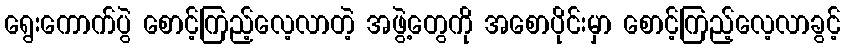
ရွေးကောက်ပွဲ စောင့်ကြည့်လေ့လာတဲ့ အဖွဲ့တွေကို အစောပိုင်းမှာ စောင့်ကြည့်လေ့လာခွင့်